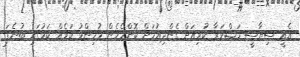
އެއީ ސިޔާސީ މަޝްވަރާ ކުރިއަށް ގެންދިއުމަށް ކޮންމެހެން މުހިންމު ކަމެއް ކަމުގައި ބުނެފަ